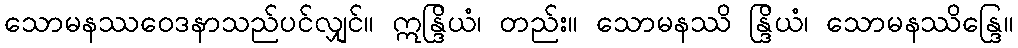
သောမနဿဝေဒနာသည်ပင်လျှင်။ ဣန္ဒြိယံ၊ တည်း။ သောမနဿိ န္ဒြိယံ၊ သောမနဿိန္ဒြေ။